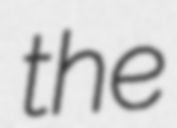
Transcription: the